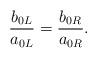
LaTeX: \begin{align*}\frac{b_{0L}}{a_{0L}} = \frac{b_{0R}}{a_{0R}}.\end{align*}